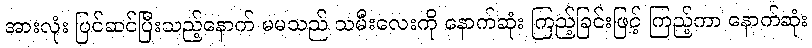
အားလုံး ပြင်ဆင်ပြီးသည့်နောက် မမသည် သမီးလေးကို နောက်ဆုံး ကြည့်ခြင်းဖြင့် ကြည့်ကာ နောက်ဆုံး